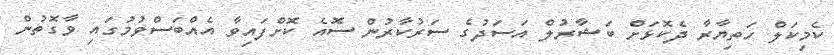
ކެމިކަލް ހަތިޔާރާ ދެކޮޅަށް ބަޝާރުލް އަސަދުގެ ސަރުކާރުން ސޮއެ ކޮށްފައިވާ އެއްބަސްވުމުގައި ވާގޮތުން